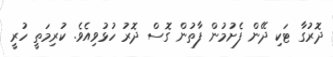
ދޮރުގާ ޓަކި ދޭން ފެށުމުން ފާތުން ގޮސް ދޮރު ހުޅުވިއެވެ. ކުރިމަތީ ހުރީ